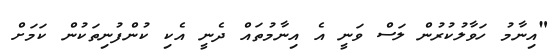
"އިނާމު ހަވާލުކުރުން ލަސް ވަނީ އެ އިނާމުތައް ދެނީ އެކި ކުންފުނިތަކުން ކަމަށް